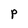
Character: p